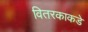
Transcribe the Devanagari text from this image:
वितरकाकडे